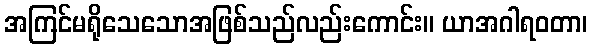
အကြင်မရိုသေသောအဖြစ်သည်လည်းကောင်း။ ယာအဂါရဝတာ၊